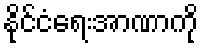
နိုင်ငံရေးအာဏာကို